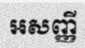
អសញ្ញី